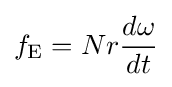
f_{\mathrm {E} }=Nr{\frac {d{\omega }}{dt}}